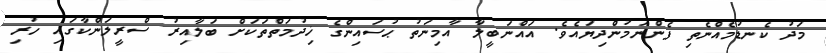
މަދު ކެނޑުމެއްނެތި ފެންނަމުންދިޔައެވެ. އައްނަބީލާ އާމިނަތު ޙުސައިންގެ ޚިދުމަތްތަކަށް ބަލާއިރު ސްރީލަންކާގައި ހުރި